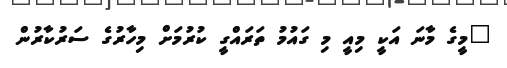
"މީގެ މާނަ އަކީ މިއީ މި ގައުމު ތަރައްގީ ކުރުމަށް މިހާރުގެ ސަރުކާރުން